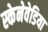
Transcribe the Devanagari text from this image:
स्केनेवेडिया